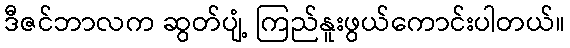
ဒီဇင်ဘာလက ဆွတ်ပျံ့ ကြည်နူးဖွယ်ကောင်းပါတယ်။